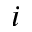
i